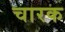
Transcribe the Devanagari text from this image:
चारक